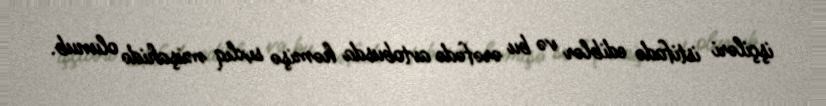
işçiləri istifadə ediblər və bu ərəfədə avtobusda həmişə sıxlıq müşahidə olunub.